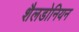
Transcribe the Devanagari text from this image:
शैलडोनियन